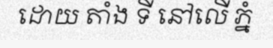
ដោយ តាំង ទី នៅលើ ភ្នំ